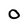
Character: 0